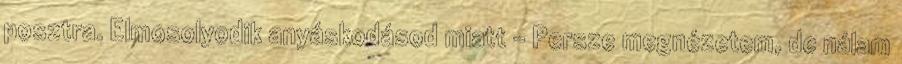
posztra. Elmosolyodik anyáskodásod miatt - Persze megnézetem, de nálam